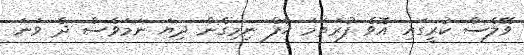
ވޭލެސް ކުރީގައި އޮވެ ފުރަތަމަ ހާފް ނިމިގެން ދިޔަ ނަމަވެސް ދެ ވަނަ